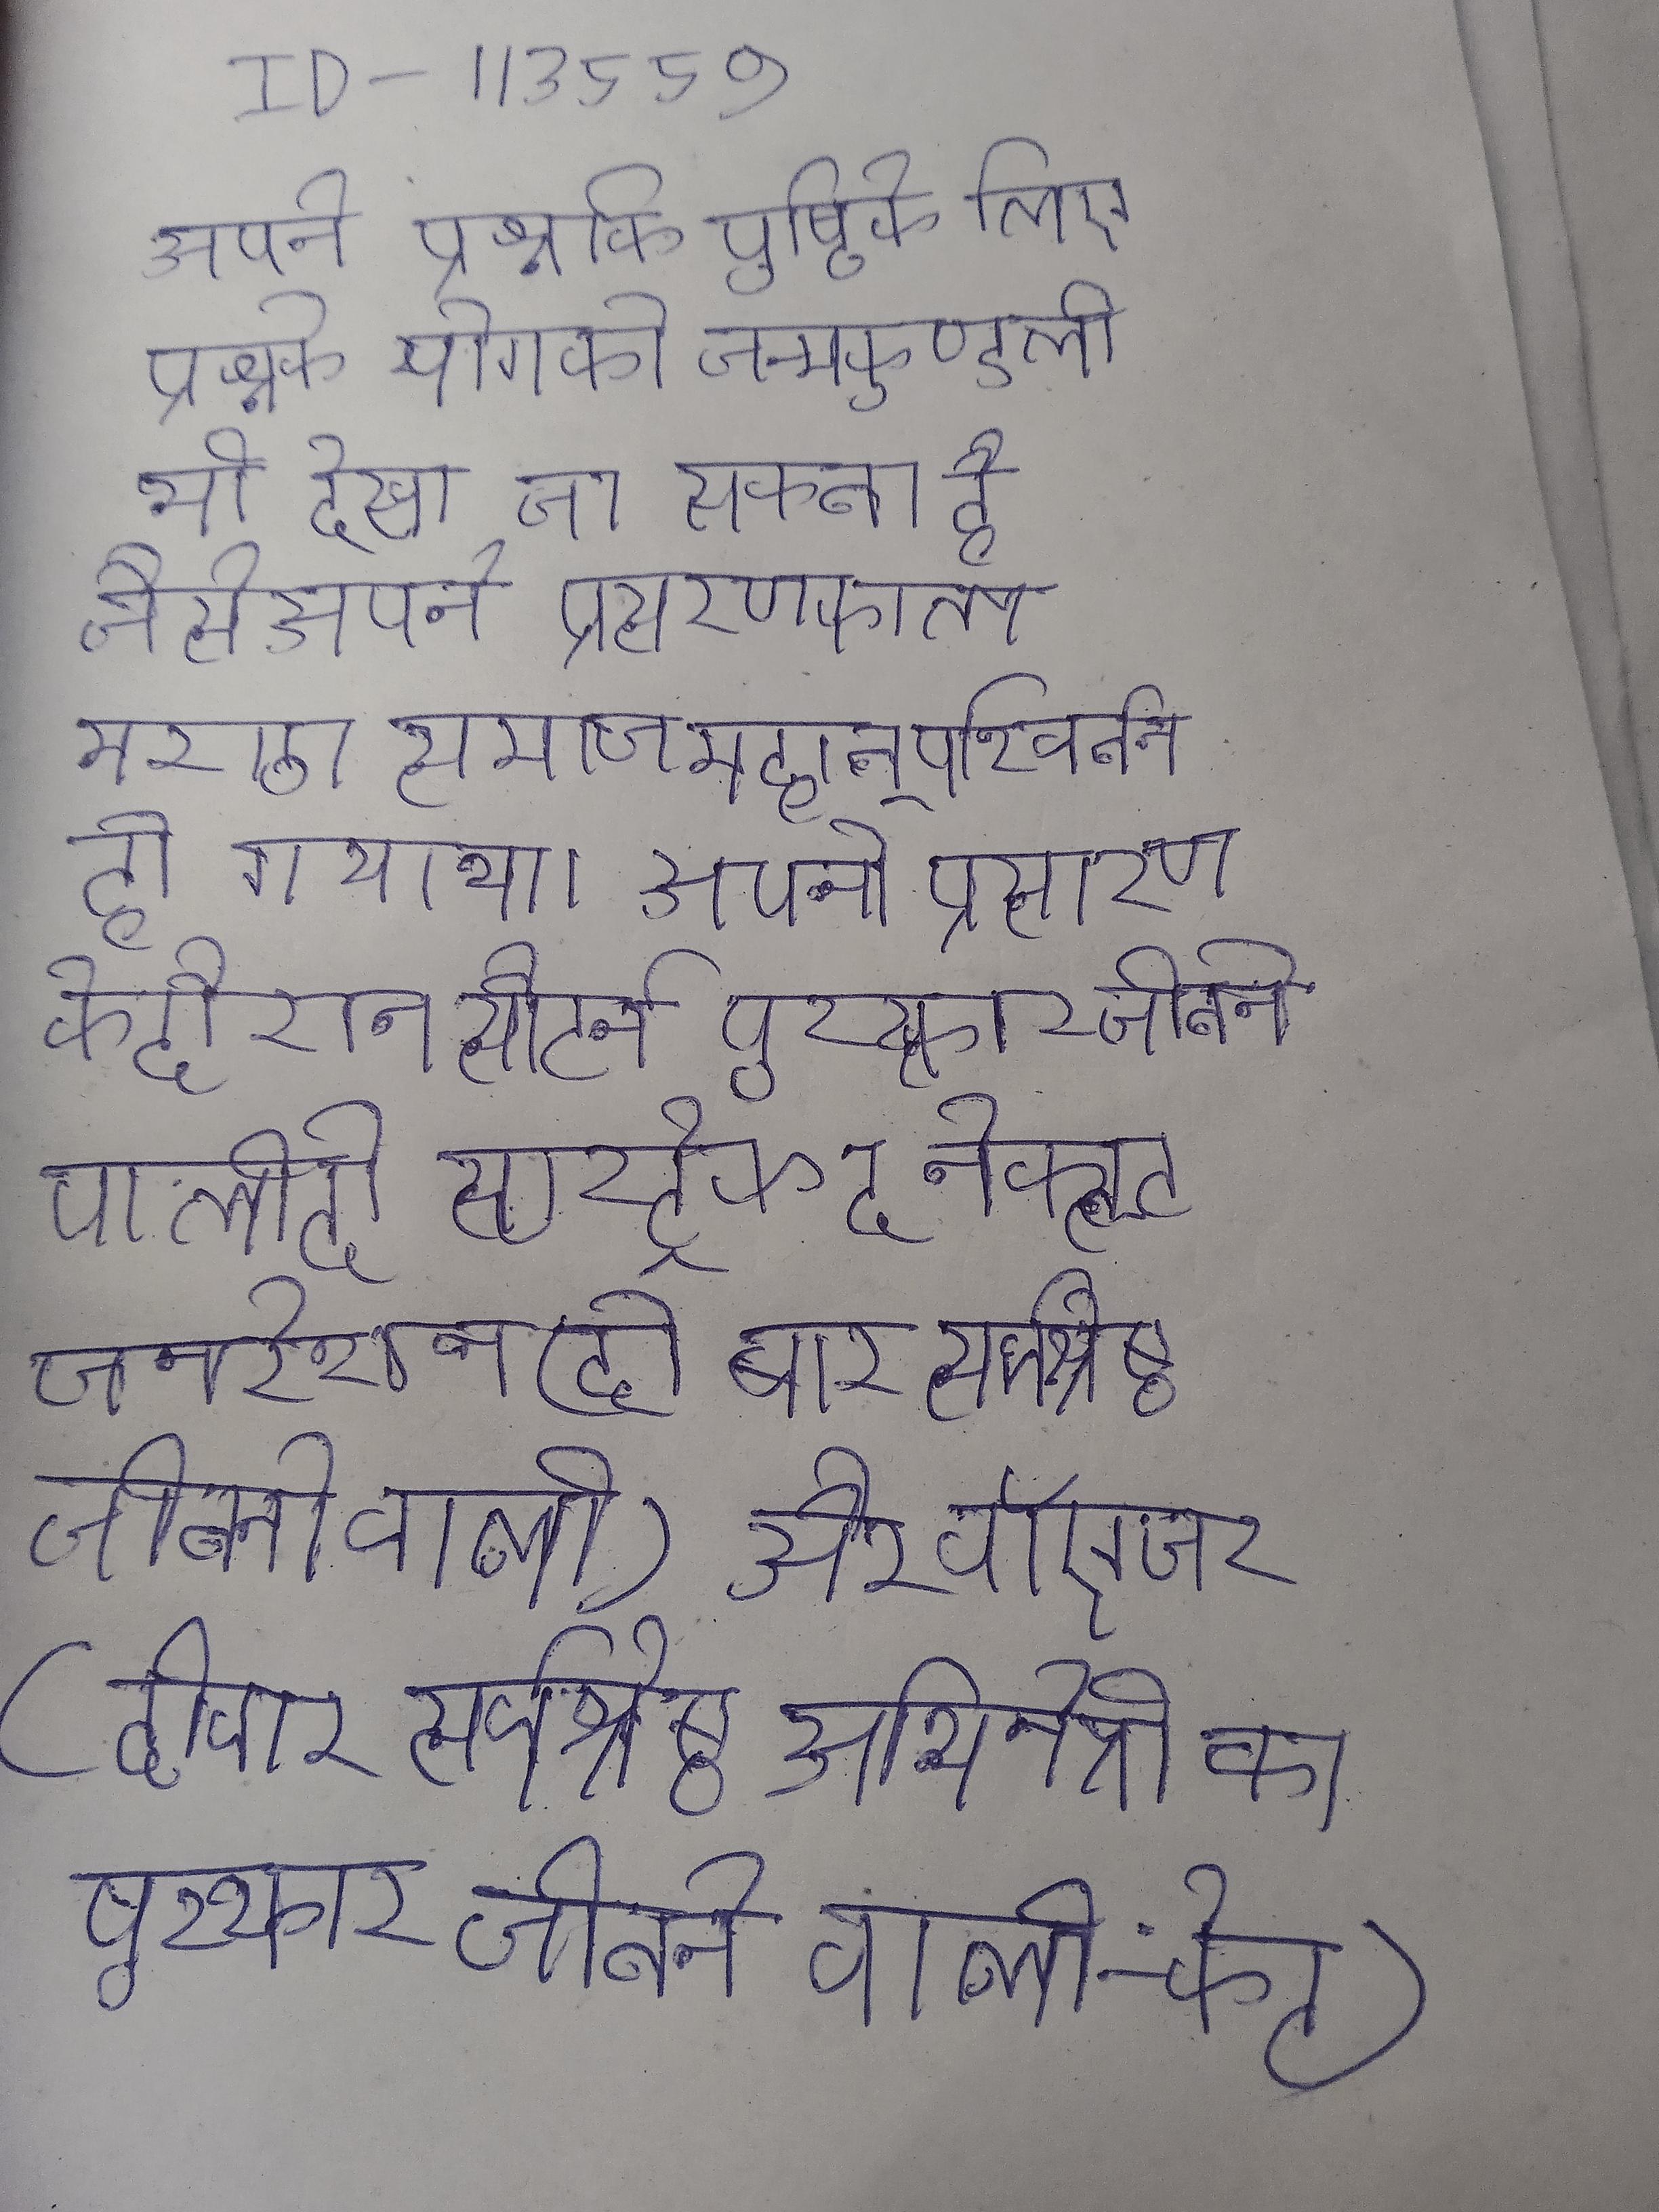
सन् से तुर्की जो स्टॉक की सूची शामिल की रिपोर्ट तैयार करनी है । सब पदार्थ अन्दर ज्ञान भासते और बाह्य शून्य है । सबसे छोटे व्यास वाला माइक्रोफोन उच्च पर सर्वश्रेष्ठ सर्वदिशात्मक प्रदान करता है । सभा इस विषय पर आज अवश्य विचार करके निर्णय ले ।